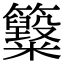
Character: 𥸋